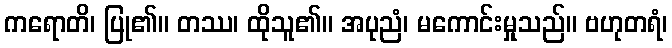
ကရောတိ၊ ပြု၏။ တဿ၊ ထိုသူ၏။ အပုညံ၊ မကောင်းမှုသည်။ ဗဟုတရံ၊